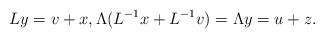
\begin{align*} L y = v + x, \Lambda (L^{-1}x+L^{-1}v)=\Lambda y = u + z. \end{align*}